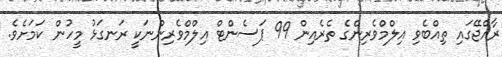
ރާއްޖޭގައި ތިއްބެވި އިލްމްވެރިންގެ ތެރެއިން 99 ޕަސެންޓް އިލްމްވެރިންނަކީ ރަނގަޅު މީހުން ކަމަށެވެ.